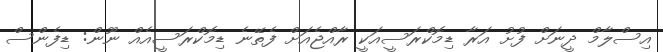
އިސްލާމް ދީނަށް ފުށު އަރާ ޑިމޮކްރަސީއަކީ ރާއްޖެއަށް ފެތޭނެ ޑިމޮކްރަސީއެއް ނޫން: ޑިފެންސް